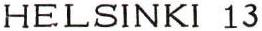
HELSINKI 13